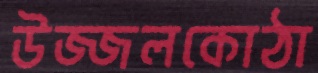
উজ্জলকোঠা